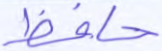
حافظ